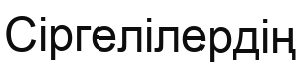
Сіргелілердің